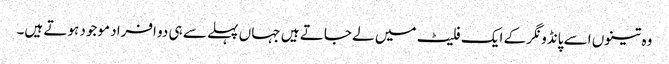
وہ تینوں اسے پانڈو نگر کے ایک فلیٹ میں لے جاتے ہیں جہا ں پہلے سے ہی دو افراد موجود ہوتے ہیں۔